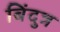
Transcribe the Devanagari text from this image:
बिंदुत्र